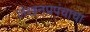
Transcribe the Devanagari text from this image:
लेखनप्रपंचाचा